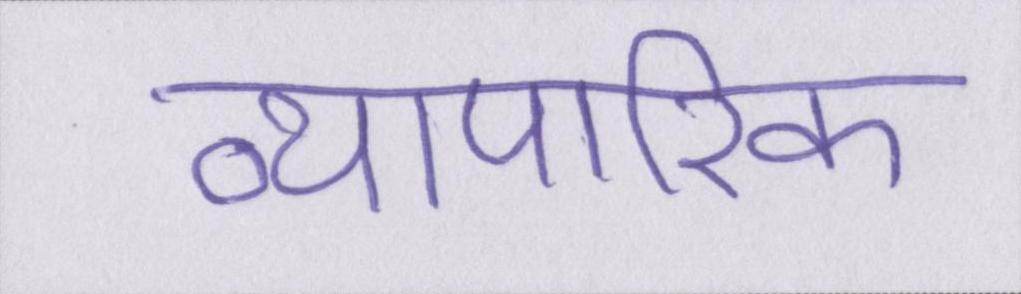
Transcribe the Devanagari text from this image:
व्यापारिक